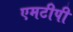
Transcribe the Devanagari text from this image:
एमटीपी